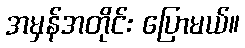
အမှန်အတိုင်း ပြောမယ်။